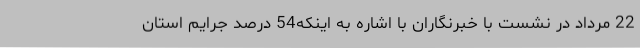
22 مرداد در نشست با خبرنگاران با اشاره به اینکه54 درصد جرایم استان